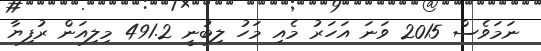
ނަމަވެސް 2015 ވަނަ އަހަރު މެއި މަހު ލިބުނީ 491.2 މިލިއަން ރުފިޔާ